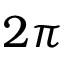
2 \pi